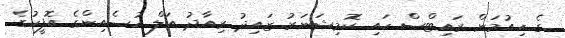
ގެ ހިއުމަން ރައިޓްސް ހައި ކޮމިޝަނަރު ޒައިދު ރިއާދު އަލް ހުސެއިންގެ އޮފީހުގެ